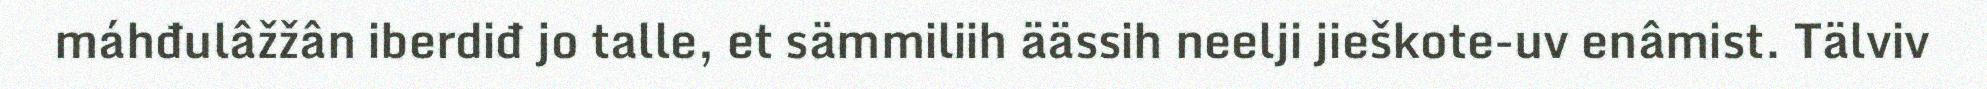
máhđulâžžân iberdiđ jo talle, et sämmiliih äässih neelji jieškote-uv enâmist. Tälviv